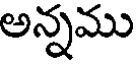
అన్నము